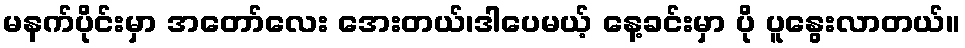
မနက်ပိုင်းမှာ အတော်လေး အေးတယ်၊ဒါပေမယ့် နေ့ခင်းမှာ ပို ပူနွေးလာတယ်။